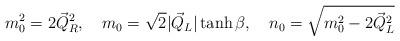
LaTeX: \begin{align*}m_0^2 = 2 \vec{Q}_R^2, \quad m_0 = \sqrt{2} |\vec{Q}_L| \tanh \beta, \quad n_0 = \sqrt{m_0^2 - 2 \vec{Q}_L ^2}\end{align*}